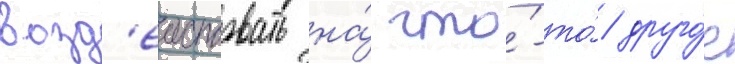
возд'еиствовать на́ что́-то́ друго́е